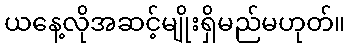
ယနေ့လိုအဆင့်မျိုးရှိမည်မဟုတ်။